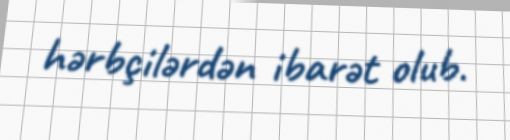
hərbçilərdən ibarət olub.